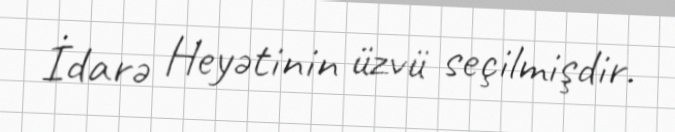
İdarə Heyətinin üzvü seçilmişdir.